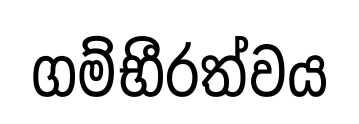
ගම්භීරත්වය